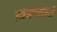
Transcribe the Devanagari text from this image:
ख़ाक़सारों